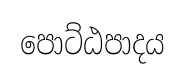
පොට්ඨපාදය